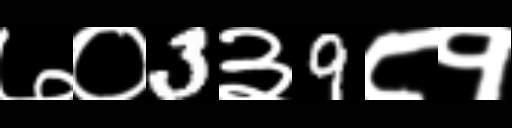
Text: ७०3३9८१